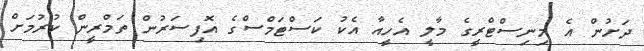
ދަށުން އެ މިނިސްޓްރީގެ މާލީ އެހީއާ އެކު ކަސްޓަމްސްގެ އޮފިސަރުން ތަމްރީން ކުރުމަށް